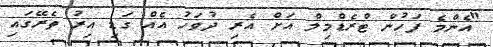
"އެންމެ ފަހުން ޓްރެޑްމިލް އަށް އެރި ދުވަހު އެއް ގަޑި އިރު ތެރޭގައި